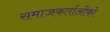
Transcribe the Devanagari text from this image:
समाजकर्ताओंको